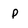
Character: P